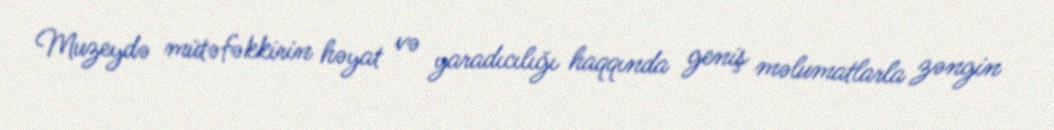
Muzeydə mütəfəkkirin həyat və yaradıcılığı haqqında geniş məlumatlarla zəngin